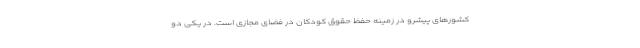
کشورهای پیشرو در زمینه حفظ حقوق کودکان در فضای مجازی است. در یکی دو